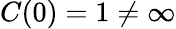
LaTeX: C(0)=1\neq\infty